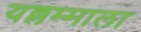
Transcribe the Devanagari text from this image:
यल्लम्माला